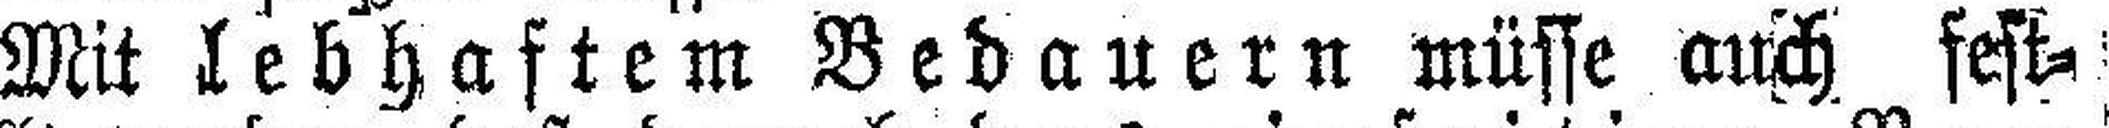
Mit lebhaftem Bedauern müsse auch fest¬